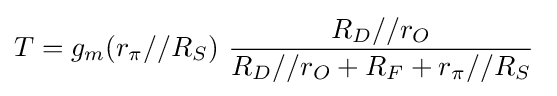
T=g_{m}(r_{\pi }//R_{S})\ {\frac {R_{D}//r_{O}}{R_{D}//r_{O}+R_{F}+r_{\pi }//R_{S}}}\